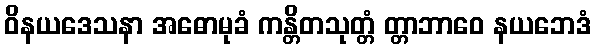
ဝိနယဒေသနာ အဓောမုခံ ကန္တိတသုတ္တံ တ္တာဘာဝေ နယဘေဒံ